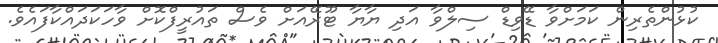
ކުޅުންތެރިން ކަމަށްވާ ޑޭވިޑް ސިލްވާ އަދި ޔާޔާ ޓޫރޭއަށް ވެސް ތައުރީފްކޮށް ވާހަކަދައްކާފައެވެ.